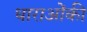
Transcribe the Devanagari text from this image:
धाराओंकी